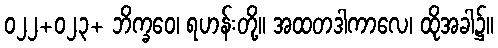
၀၂၂+၀၂၃+ ဘိက္ခဝေ၊ ရဟန်းတို့။ အထတဒါကာလေ၊ ထိုအခါ၌။